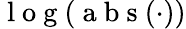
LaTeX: \mathrm{~l~o~g~}(\mathrm{~a~b~s~}(\cdot))